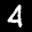
Label: 4